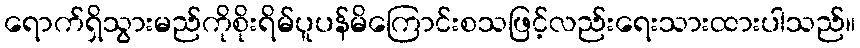
ရောက်ရှိသွားမည်ကိုစိုးရိမ်ပူပန်မိကြောင်းစသဖြင့်လည်းရေးသားထားပါသည်။